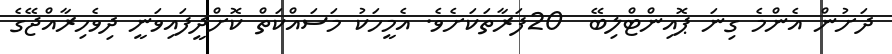
ދަށުން އެންމެ ގިނަ ޕޮއިންޓްލިބޭ  20ފަރާތަކަށެވެ. އެމީހަކު މަސައްކަތް ކޮށްދީފައިވަނީ ދިވެހިރާއްޖޭގެ